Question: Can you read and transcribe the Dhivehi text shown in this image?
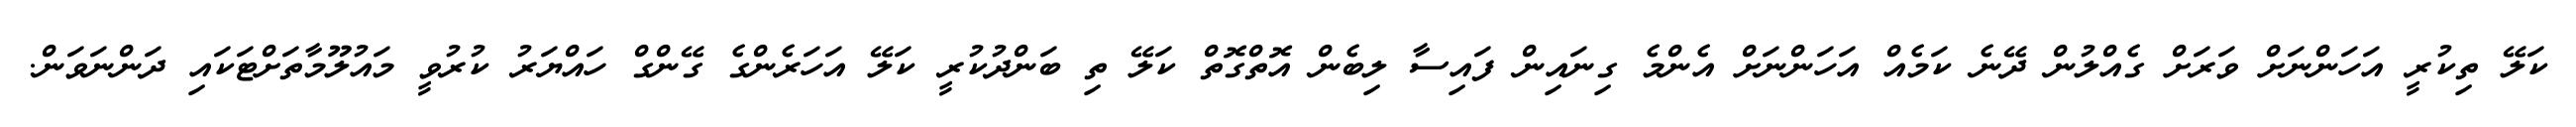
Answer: ކަލޭ ތިކުރީ އަހަންނަށް ވަރަށް ގެއްލުން ދޭނެ ކަމެއް އަހަންނަށް އެންމެ ގިނައިން ފައިސާ ލިބެން އޮތްގޮތް ކަލޭ ތި ބަންދުކުރީ ކަލޭ އަހަރެންގެ ގޭންގް ހައްޔަރު ކުރުވީ މައުލޫމާތަށްޓަކައި ދަންނަވަން.